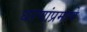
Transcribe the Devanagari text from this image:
धरणांप्रमाणे